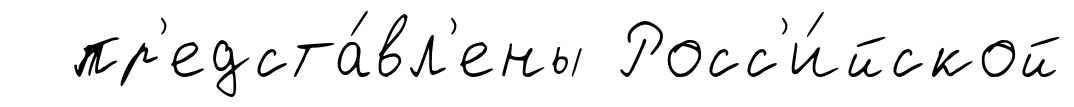
пр'едста́вл'ены Росс'и́йской